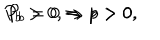
LaTeX: P _ { b } > 0 , \Rightarrow p > 0 , \hspace { 1 c m } P _ { b } = 0 \Rightarrow p > 0 .